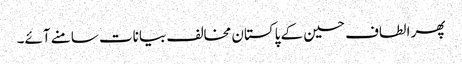
پھر الطاف حسین کے پاکستان مخالف بیانات سامنے آئے۔